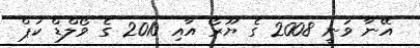
އޭނާ ވަނީ 2008 ގެ ޔޫރޯ އާއި 2010 ގެ ވޯލްޑް ކަޕް